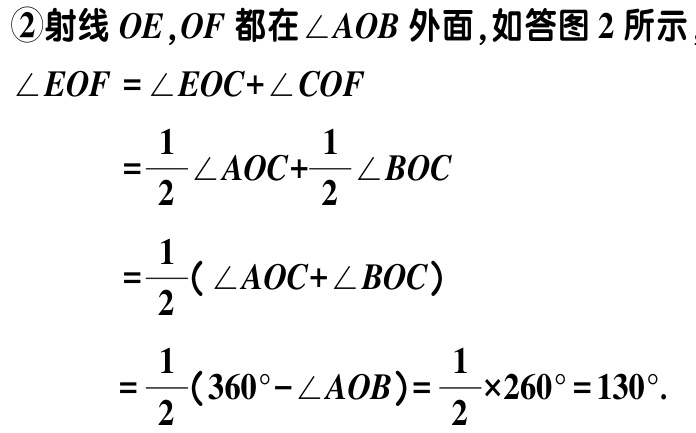
\textcircled{2}射线 \(OE,OF\) 都在 \(\angle AOB\) 外面,如答图 2 所示

\[\begin{align*}

\angle EOF&=\angle EOC + \angle COF\\

&=\frac{1}{2}\angle AOC+\frac{1}{2}\angle BOC\\

&=\frac{1}{2}(\angle AOC+\angle BOC)\\

&=\frac{1}{2}(360^{\circ}-\angle AOB)=\frac{1}{2}\times260^{\circ}=130^{\circ}.

\end{align*}\]